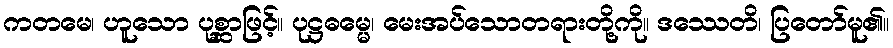
ကတမေ၊ ဟူသော ပုစ္ဆာဖြင့်။ ပုဋ္ဌဓမ္မေ၊ မေးအပ်သောတရားတို့ကို။ ဒဿေတိ၊ ပြတော်မူ၏။